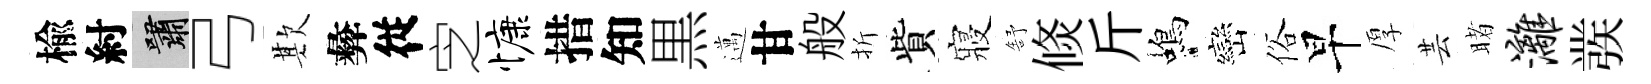
楡紂嘯弓欺彜従㝎慷措知黒邁甘般折貲寢舒倐斤蝎巒俗早厚芸睹漓彂